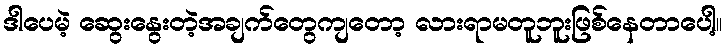
ဒါပေမဲ့ ဆွေးနွေးတဲ့အချက်တွေကျတော့ လားရာမတူဘူးဖြစ်နေတာပေါ့။